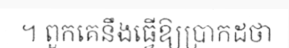
។ ពួកគេនឹងធ្វើឱ្យប្រាកដថា